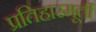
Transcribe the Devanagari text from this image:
प्रतिहारमूर्ती